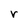
Character: r